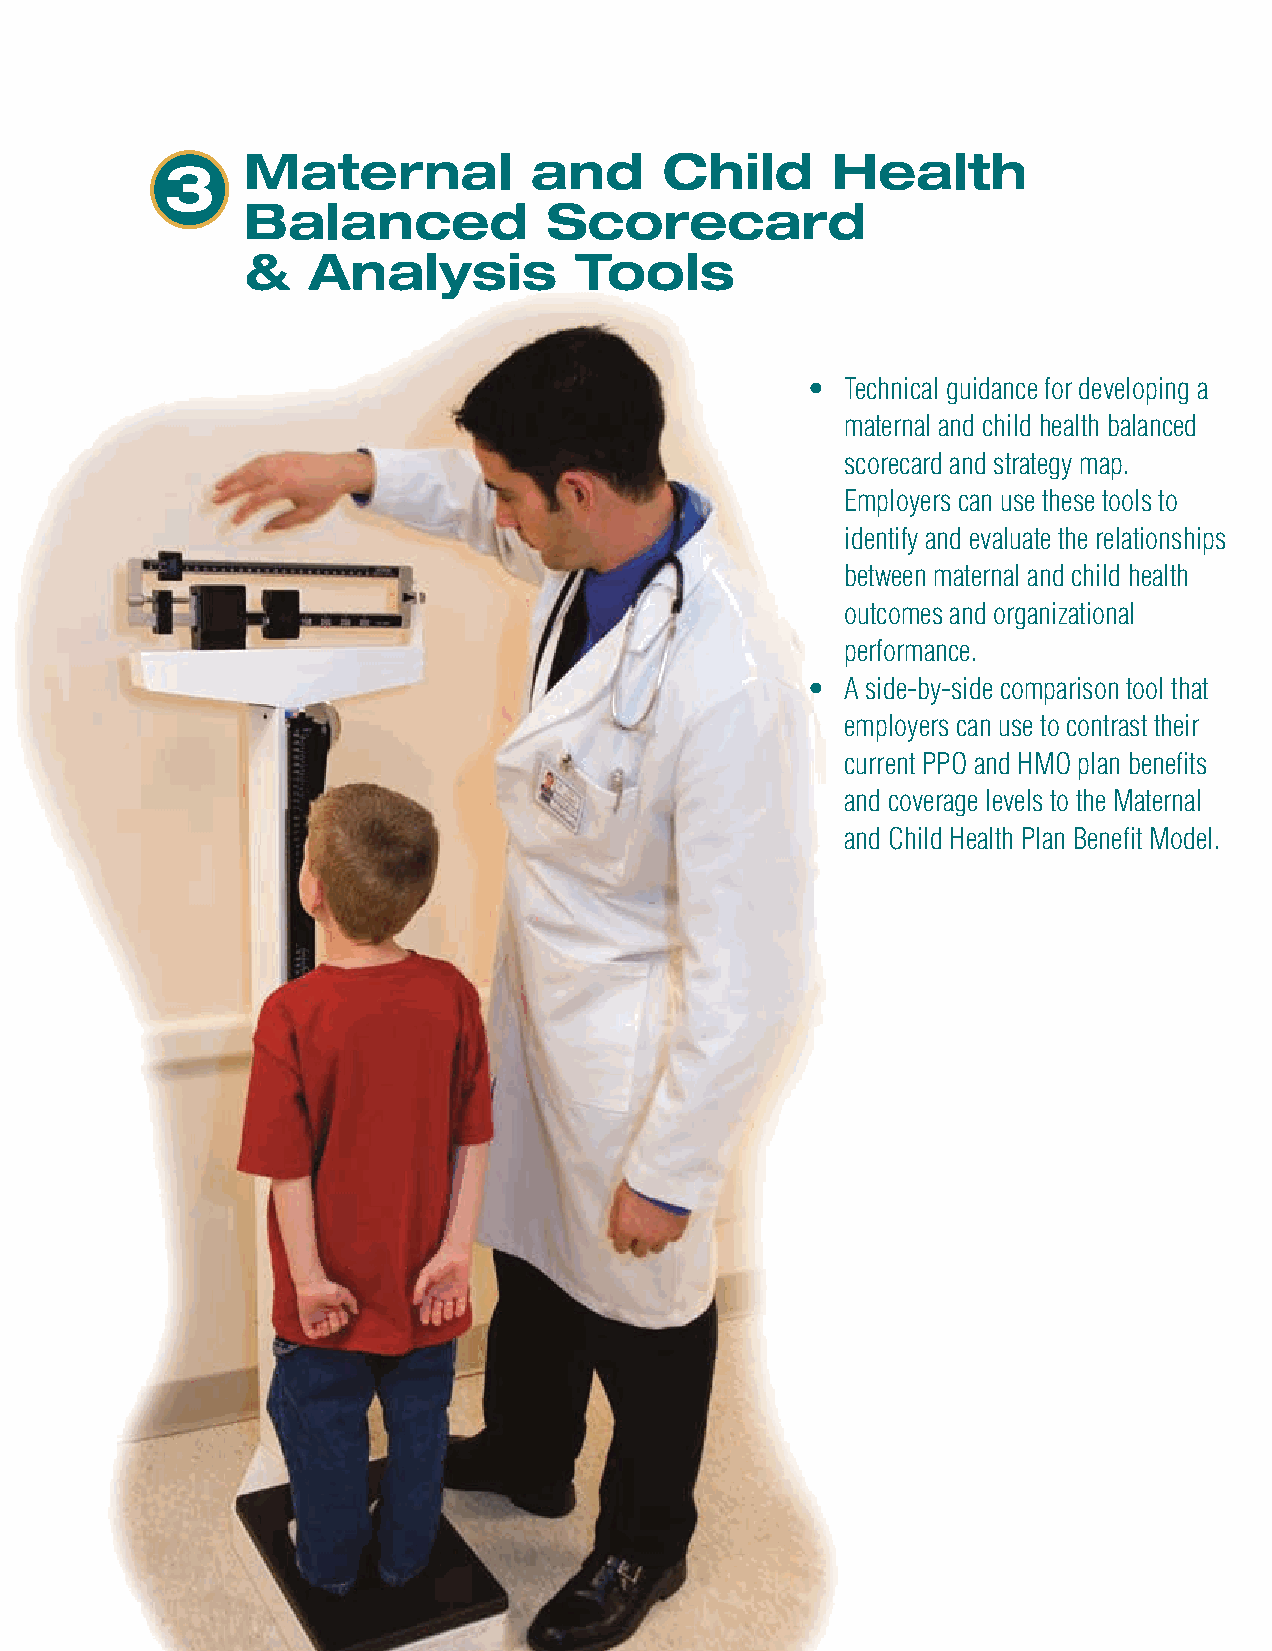
Maternal           and      Child      Health
 3
 Balanced            Scorecard
 &   Analysis          Tools
 •  Technical guidance for developing a
 maternal and child health balanced
 scorecard and strategy map.
 Employers can use these tools to
 identify and evaluate the relationships
 between maternal and child health
 outcomes and organizational
 performance.
 •  A side-by-side comparison tool that
 employers can use to contrast their
 current PPO and HMO plan benefits
 and coverage levels to the Maternal
 and Child Health Plan Benefit Model.
 Balanced
 Scorecard
 &
 Analysis
 Tools